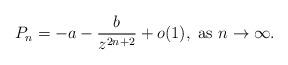
LaTeX: \begin{align*} P_{n}=-a-\frac{b}{z^{2n+2}}+o(1), \mbox{ as } n\to\infty.\end{align*}